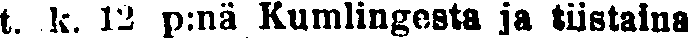
t. k. 12 p:nä Kumlingesta ja tiistaina